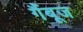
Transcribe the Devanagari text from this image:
गैंबूज